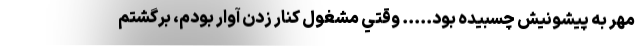
مهر به پيشونيش چسبيده بود..... وقتي مشغول كنار زدن آوار بودم، برگشتم